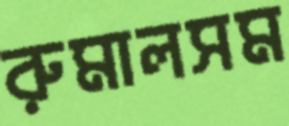
রুমালসম